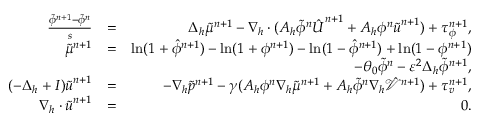
\begin{array} { r l r } { \frac { \tilde { \phi } ^ { n + 1 } - \tilde { \phi } ^ { n } } { s } } & { = } & { \Delta _ { h } \tilde { \mu } ^ { n + 1 } - \nabla _ { h } \cdot ( A _ { h } \tilde { \phi } ^ { n } \hat { \boldsymbol { U } } ^ { n + 1 } + A _ { h } \phi ^ { n } \tilde { \boldsymbol { u } } ^ { n + 1 } ) + \tau _ { \phi } ^ { n + 1 } , } \\ { \tilde { \mu } ^ { n + 1 } } & { = } & { \ln ( 1 + \hat { \phi } ^ { n + 1 } ) - \ln ( 1 + \phi ^ { n + 1 } ) - \ln ( 1 - \hat { \phi } ^ { n + 1 } ) + \ln ( 1 - \phi ^ { n + 1 } ) } \\ & { } & { - \theta _ { 0 } \tilde { \phi } ^ { n } - \varepsilon ^ { 2 } \Delta _ { h } \tilde { \phi } ^ { n + 1 } , } \\ { ( - \Delta _ { h } + I ) \tilde { \boldsymbol { u } } ^ { n + 1 } } & { = } & { - \nabla _ { h } \tilde { p } ^ { n + 1 } - \gamma ( A _ { h } \phi ^ { n } \nabla _ { h } \tilde { \mu } ^ { n + 1 } + A _ { h } \tilde { \phi } ^ { n } \nabla _ { h } \hat { \mathcal { V } } ^ { n + 1 } ) + \tau _ { v } ^ { n + 1 } , } \\ { \nabla _ { h } \cdot \tilde { \boldsymbol { u } } ^ { n + 1 } } & { = } & { 0 . } \end{array}